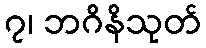
၇၊ ဘဂိနိသုတ်